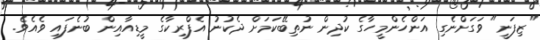
"ޒިފަނީ" ވަގަށްނެގި އަންހެންމީހާގެ ކުދިން ނުތިބޭކަމަށް ދެކުނު އެފްރިކާގެ މީޑިއާއިން ބުނެފައި ވެއެވެ.